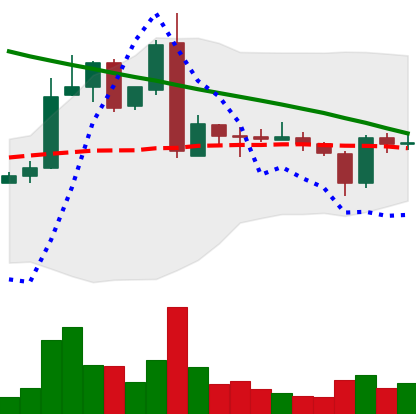
Ticker: ADA-USD
Chart end date: 2019-03-07
Forward return: 10.369%
Label: up_7plus